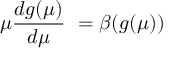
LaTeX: \mu \frac { d g ( \mu ) } { d \mu } \ = \beta ( g ( \mu ) )